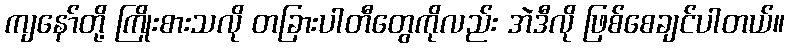
ကျနော်တို့ ကြိုးစားသလို တခြားပါတီတွေကိုလည်း အဲဒီလို ဖြစ်စေချင်ပါတယ်။